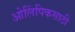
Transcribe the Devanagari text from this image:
ओलिंपिकसाठी